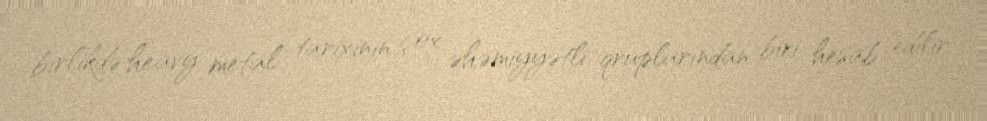
birlikdə heavy metal tarixinin çox əhəmiyyətli qruplarından biri hesab edilir.